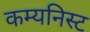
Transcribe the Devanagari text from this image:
कम्यनिस्ट